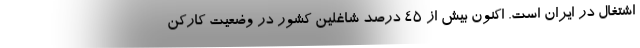
اشتغال در ایران است. اکنون بیش از ۴۵ درصد شاغلین کشور در وضعیت کارکن